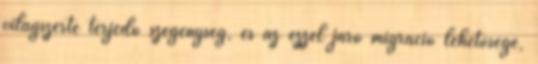
világszerte terjedő szegénység, és az ezzel járó migráció lehetősége,